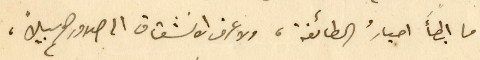
ما ابطأ احبارُ الطائفة، ولا عرف الانشقاق الى صدورهم سبيلاً،